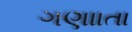
ગણાાતા